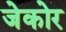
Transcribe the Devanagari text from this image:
जेकोर